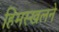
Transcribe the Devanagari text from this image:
हिमस्खलने